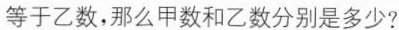
等于乙数，那么甲数和乙数分别是多少?